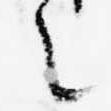
之